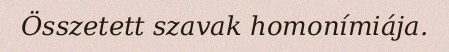
Összetett szavak homonímiája.